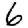
Digit: 6